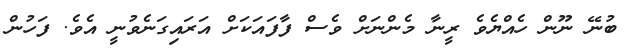
ބުނޭ ނޫން ހެއްޔެވެ ރީނާ މެންނަށް ވެސް ފާފައަކަށް އަރައިގަނެވުނީ އެވެ. ފަހުން